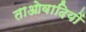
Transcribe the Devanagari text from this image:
ताओवादियों